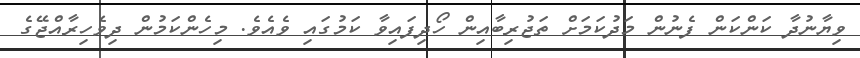
ވިޔާނުދާ ކަންކަން ފެނުން މަދުކަމަށް ތަޖުރިބާއިން ހޯދިފައިވާ ކަމުގައި ވެއެވެ. މިހެންކަމުން ދިވެހިރާއްޖޭގެ